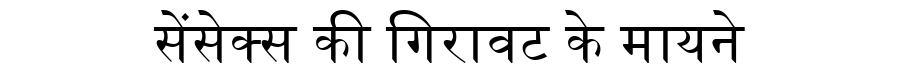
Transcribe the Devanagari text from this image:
सेंसेक्स की गिरावट के मायने